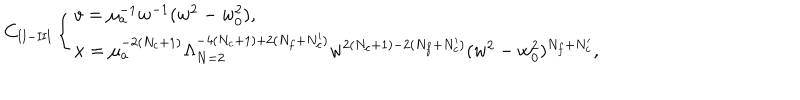
C _ { \mathrm { I I - I I I } } \left\{ \begin{array} { l } { { v = \mu _ { a } ^ { - 1 } w ^ { - 1 } ( w ^ { 2 } - w _ { 0 } ^ { 2 } ) , } } \\ { { x = \mu _ { a } ^ { - 2 ( N _ { c } + 1 ) } \Lambda _ { N = 2 } ^ { - 4 ( N _ { c } + 1 ) + 2 ( N _ { f } + N _ { c } ^ { \prime } ) } w ^ { 2 ( N _ { c } + 1 ) - 2 ( N _ { f } + N _ { c } ^ { \prime } ) } ( w ^ { 2 } - w _ { 0 } ^ { 2 } ) ^ { N _ { f } + N _ { c } ^ { \prime } } , } } \\ \end{array} \right.